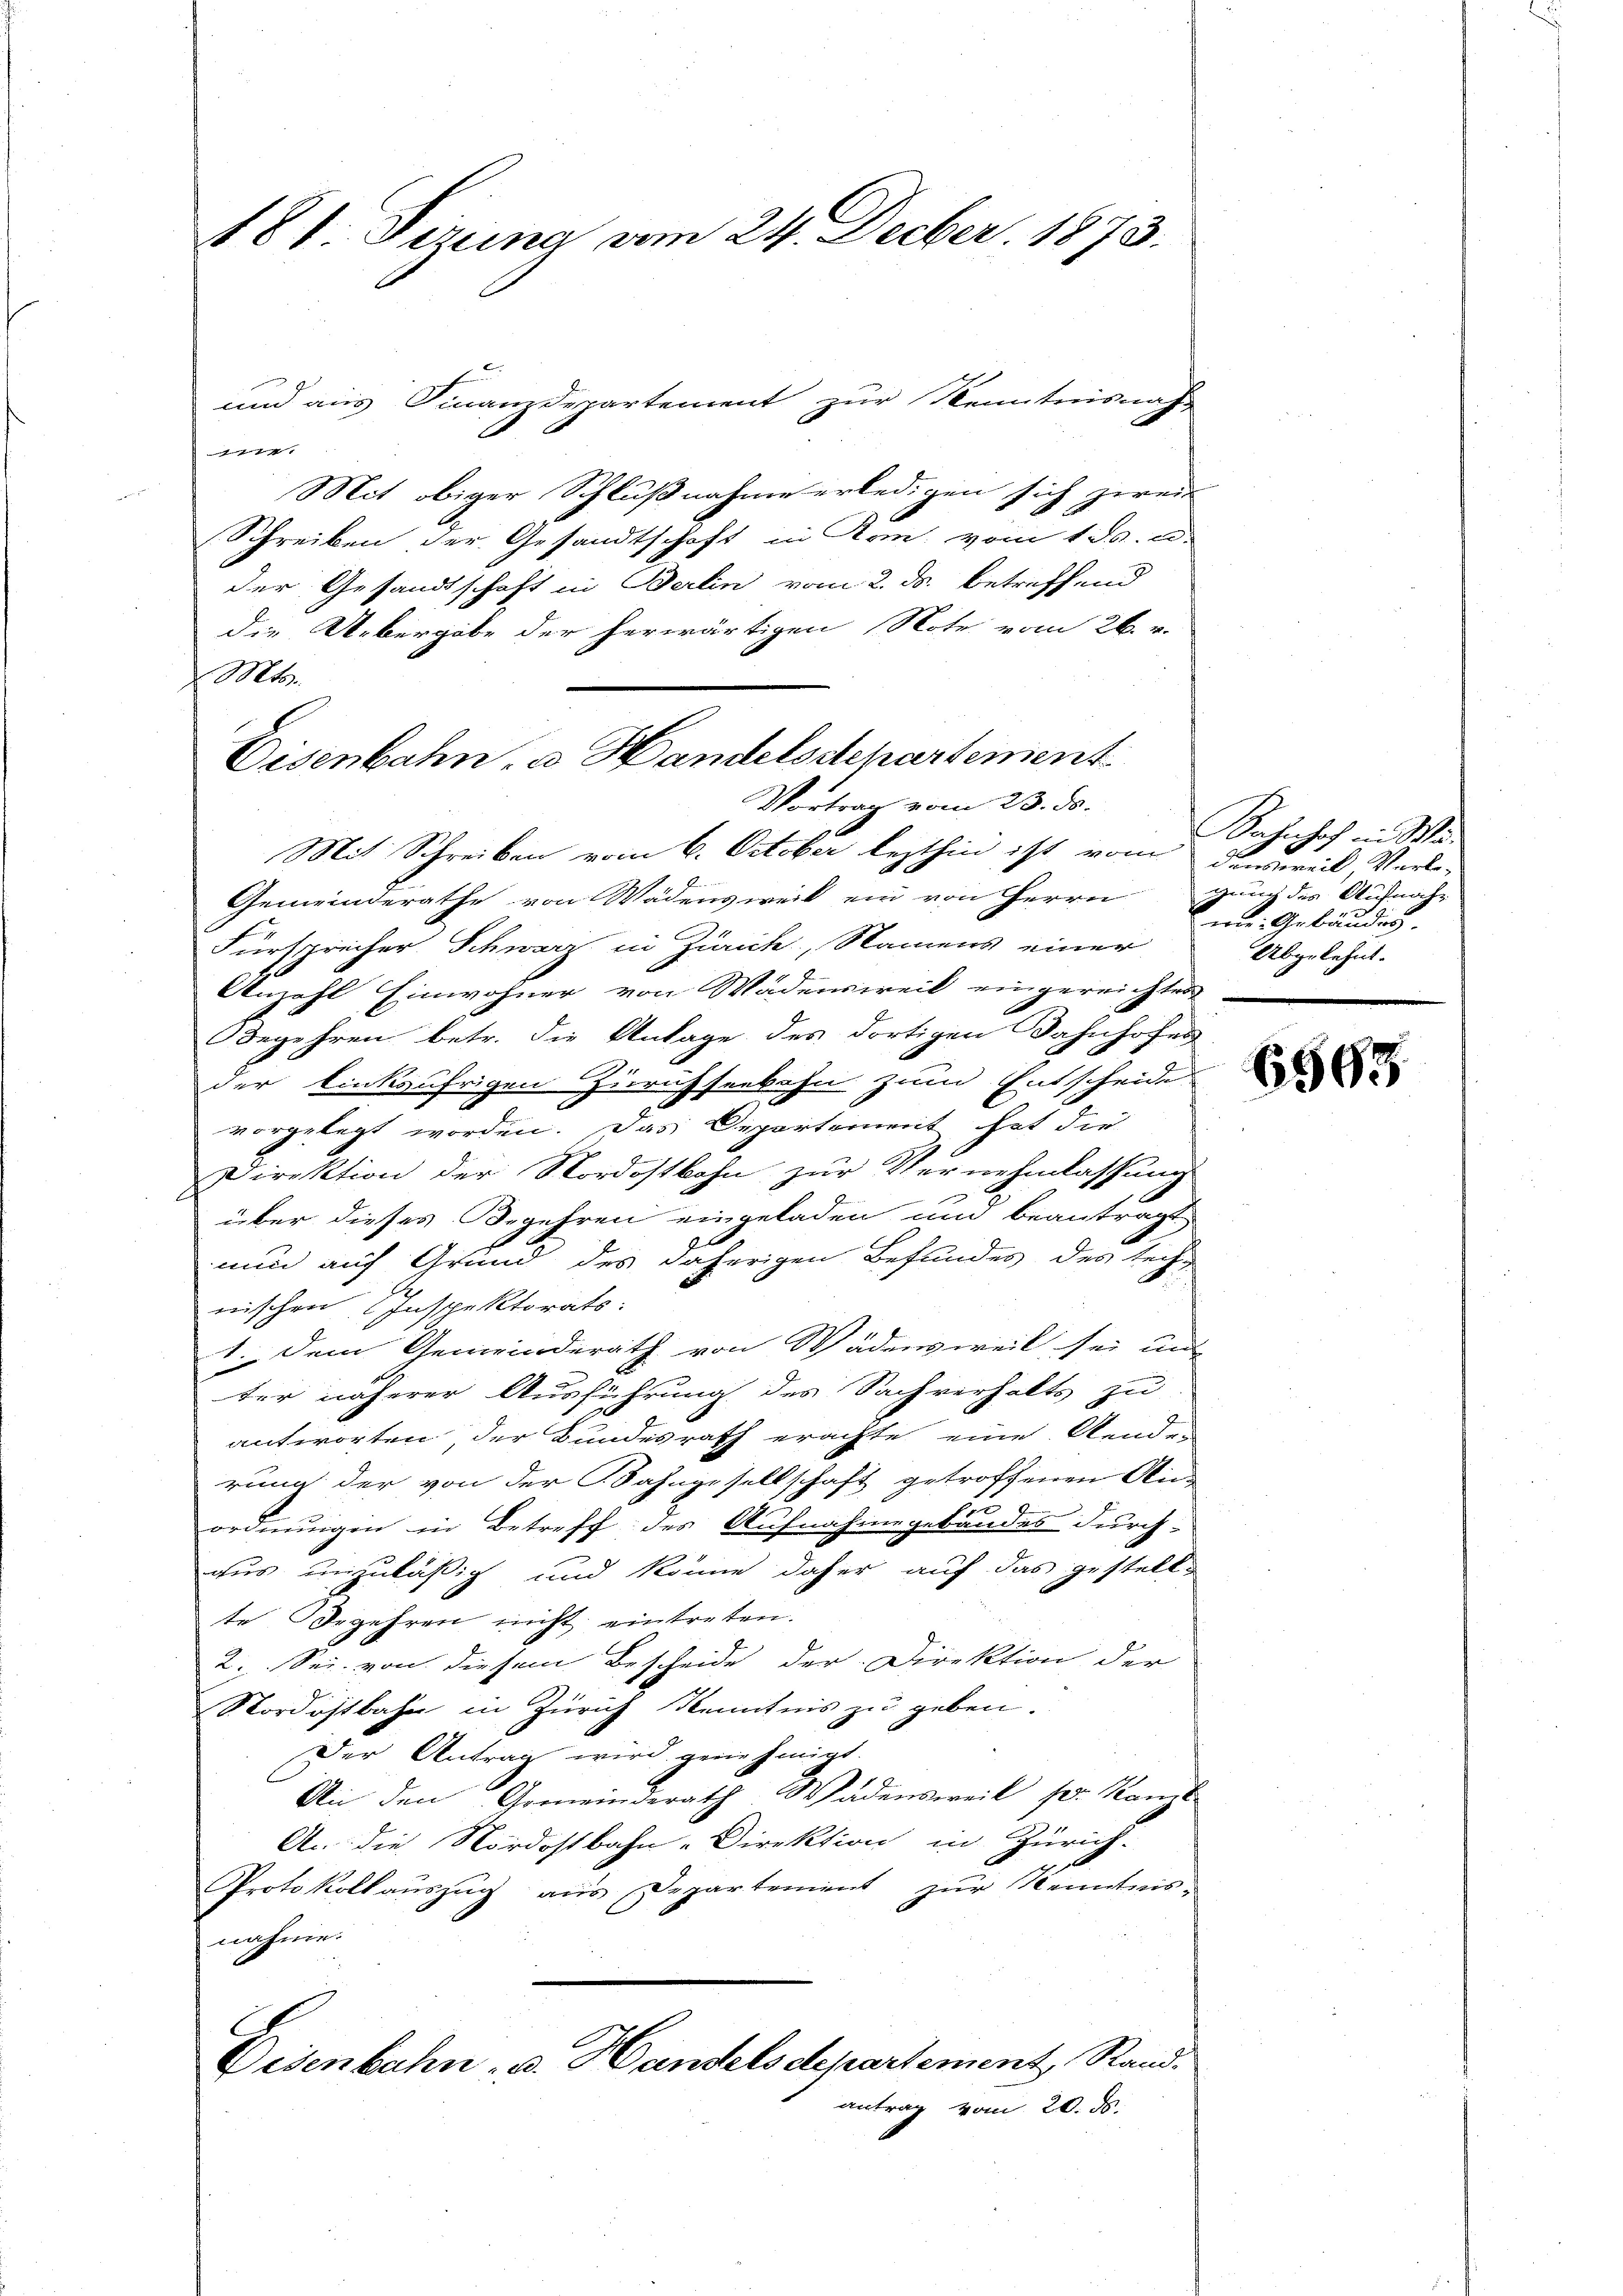
181. Sitzung vom 24. Decber. 1873.

und aus Finanzdepartement zur Kenntnisnah-

Mit obiger Schlußnahme erledigen sich zweit
 wenigen
Schreiben der Gesandtschaft in Rom vom 1. ds. u.
der Gesandtschaft in Berlin vom 2. ds. betreffend
die Uebergabe der herwärtigen Note vom 26. v.
Mts.
Gemeinderathe von Wädensweil ein von Herrn
Fürsprecher Schwarz in Zürich, Namens einer
Anzahl Einwohner von Wädensweil eingereichtes
Begehren betr. die Anlage des dortigen Bahnhofes
der linksufrigen Zürichseebahn zum Entscheide
vorgelegt worden. Das Departenweit hat die
Direktion der Nordostbahn zur Vernehmlassung
über dieses Begehren eingeladen und beantragt,
nun auf Grund des daherigen Befundes des technischen Inspektorats:
1. Dem Gemeinderath von Wädensweil sei und
ter näherer Ausführung des Sachverhalts zu
antworten, der Bundesrath erachte eine Aende
rung der von der Bahngesellschaft getroffenen Aus
.
ordnungen in Betreff des Aufnahmegebäudes durch-
gus unzuläßig und könne daher auf das gestellte Begehren nicht eintreten.
2. Sei von diesem Bescheide der Direktion der
Nordostbahn in Zürich Kenntnis zu geben.
Der Antrag wird genehmigt.
An den Gemeinderath Wädensweil pr. Kanzl
An die Nordostbahn-Direktion in Zürich.
Protokoll aŭszŭg aŭs Departement zŭr Kenntnis-
nahme.
Disenbahn- u. Handelsdepartement, Randantrag vom 20. ds.

Eisenbahn, a. Handelsdepartement
Vortrag vom 23. ds.
Mit Schreiben vom 6. October lezthin ist vom Danureil Verle-

Sahnhof in Wa
guung des Aufnah-
w: Gebäudes.
Abgelehnt.

6593